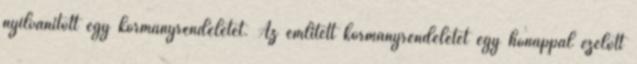
nyilvánított egy kormányrendeletet. Az említett kormányrendeletet egy hónappal ezelőtt